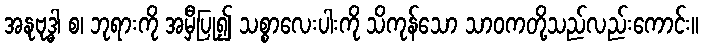
အနုဗုဒ္ဓါ စ၊ ဘုရားကို အမှီပြု၍ သစ္စာလေးပါးကို သိကုန်သော သာဝကတို့သည်လည်းကောင်း။